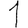
Digit: 1